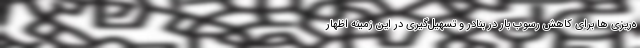
ه‌ریزی ها برای کاهش رسوب بار در بنادر و تسهیل‌گیری در این زمینه اظهار